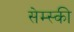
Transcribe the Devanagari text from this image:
सेम्स्की